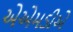
એએમડીએ